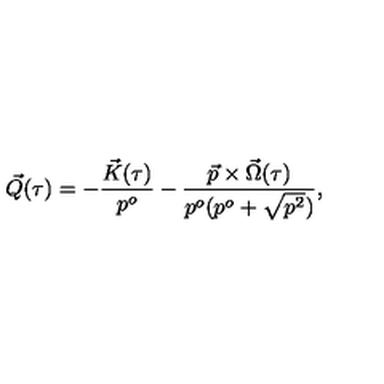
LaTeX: \vec { Q } ( \tau ) = - \frac { \vec { K } ( \tau ) } { p ^ { o } } - \frac { \vec { p } \times \vec { \Omega } ( \tau ) } { p ^ { o } ( p ^ { o } + \sqrt { p ^ { 2 } } ) } ,